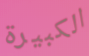
الكبيرة